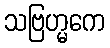
သဗြဟ္မကေ